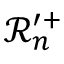
\mathcal { R } _ { n } ^ { \prime + }